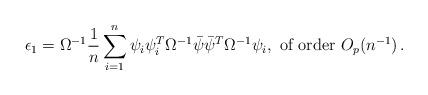
LaTeX: \begin{align*}\epsilon_1 = \Omega^{-1} \frac{1}{n} \sum_{i=1}^n \psi_i \psi_i^T\Omega^{-1} \bar{\psi} \bar{\psi}^T \Omega^{-1} \psi_i, \textrm{ of order } O_p(n^{-1}) \,.\end{align*}